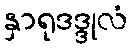
နှာရုဒဒ္ဒုလံ